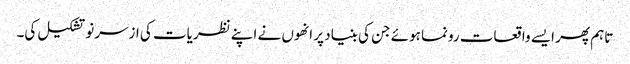
تاہم پھر ایسے واقعات رونما ہوئے جن کی بنیاد پر انھوں نے اپنے نظریات کی ازسرنو تشکیل کی۔